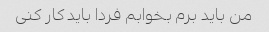
من باید برم بخوابم فردا باید کار کنی